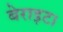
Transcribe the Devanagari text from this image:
बेराइट।